Indian journal of veterinary science and animal husbandry - Volumes 22-23, 1952-1953
Year: 1952
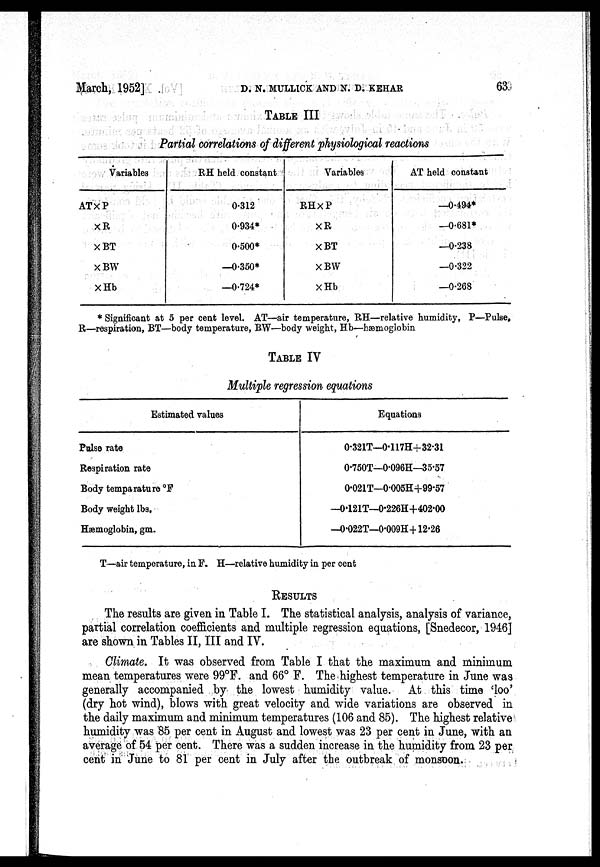
March, 1952]
D.
N.
MULLICK
AND
N.
D.
KEHAR
63
TABLE III
Partial correlations of different physiological reactions
Variables
AT×P
×R
×BT
×BW
×Hb
RH held constant
0.312
0.934*
0.500*
—0.350*
—0.724*
Variables
RHXP
XR
XBT
XBW
XHb
AT held constant
—0.494*
—0.681*
—0.238
—0.322
—0.268
* Significant at 5 per cent level. AT—air temperature, RH—relative humidity, P—Pulse,
R—respiration, BT—body temperature, BW—body weight, Hb—hæmoglobin
TABLE IV
Multiple regression equations
Estimated values
Pulse rate
Respiration rate
Body temparature ○ F
Body weight lbs.
Hæmoglobin, gm.
Equations
0.321T—0.117H+32.31
0.750T—0.096H—35.57
0.021T—0.005H+99.57
—0.121T—0.226H+402.00
—0.022T—0.009H+12.26
T—air temperature, in F. H—relative humidity in per cent
RESULTS
The results are given in Table I. The statistical analysis, analysis of variance,
partial correlation coefficients and multiple regression equations, [Snedecor, 1946]
are shown in Tables II, III and IV.
Climate. It was observed from Table I that the maximum and minimum
mean temperatures were 99°F. and 66° F. The highest temperature in June was
generally accompanied by the lowest humidity value. At this time 'loo'
(dry hot wind), blows with great velocity and wide variations are observed in
the daily maximum and minimum temperatures (106 and 85). The highest relative
humidity was 85 per cent in August and lowest was 23 per cent in June, with an
average of 54 per cent. There was a sudden increase in the humidity from 23 per
cent in June to 81 per cent in July after the outbreak of monsoon.